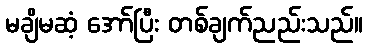
မချိမဆံ့ အော်ပြီး တစ်ချက်ညည်းသည်။